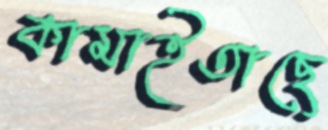
কামাইতাছে